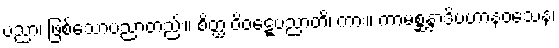
ပညာ၊ ဖြစ်သောပညာတည်း။ စိတ္ထ ဝိဝဋ္ဋေပညာတိ၊ ကား။ ကာမစ္ဆန္ဒာဒိပဟာနဝသေန၊